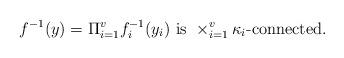
LaTeX: \begin{align*}f^{-1}(y)=\Pi_{i=1}^v f_i^{-1}(y_i)\mbox{ is } \times_{i=1}^v \kappa_i\mbox{-connected.}\end{align*}